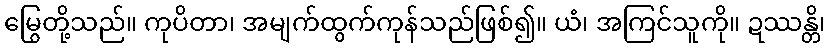
မြွေတို့သည်။ ကုပိတာ၊ အမျက်ထွက်ကုန်သည်ဖြစ်၍။ ယံ၊ အကြင်သူကို။ ဍဿန္တိ၊